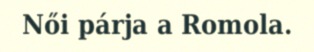
Női párja a Romola.